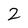
Character: 2